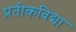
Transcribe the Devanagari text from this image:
प्रतीकविद्या